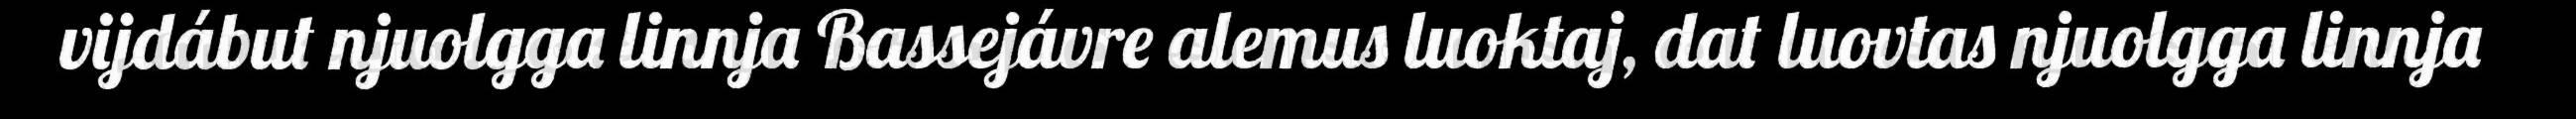
vijdábut njuolgga linnja Bassejávre alemus luoktaj, dat luovtas njuolgga linnja